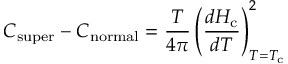
C _ { \mathrm { s u p e r } } - C _ { \mathrm { n o r m a l } } = { \frac { T } { 4 \pi } } \left( { \frac { d H _ { \mathrm { c } } } { d T } } \right) _ { T = T _ { \mathrm { c } } } ^ { 2 }